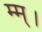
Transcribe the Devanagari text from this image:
म्म्।